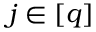
j \in [ q ]